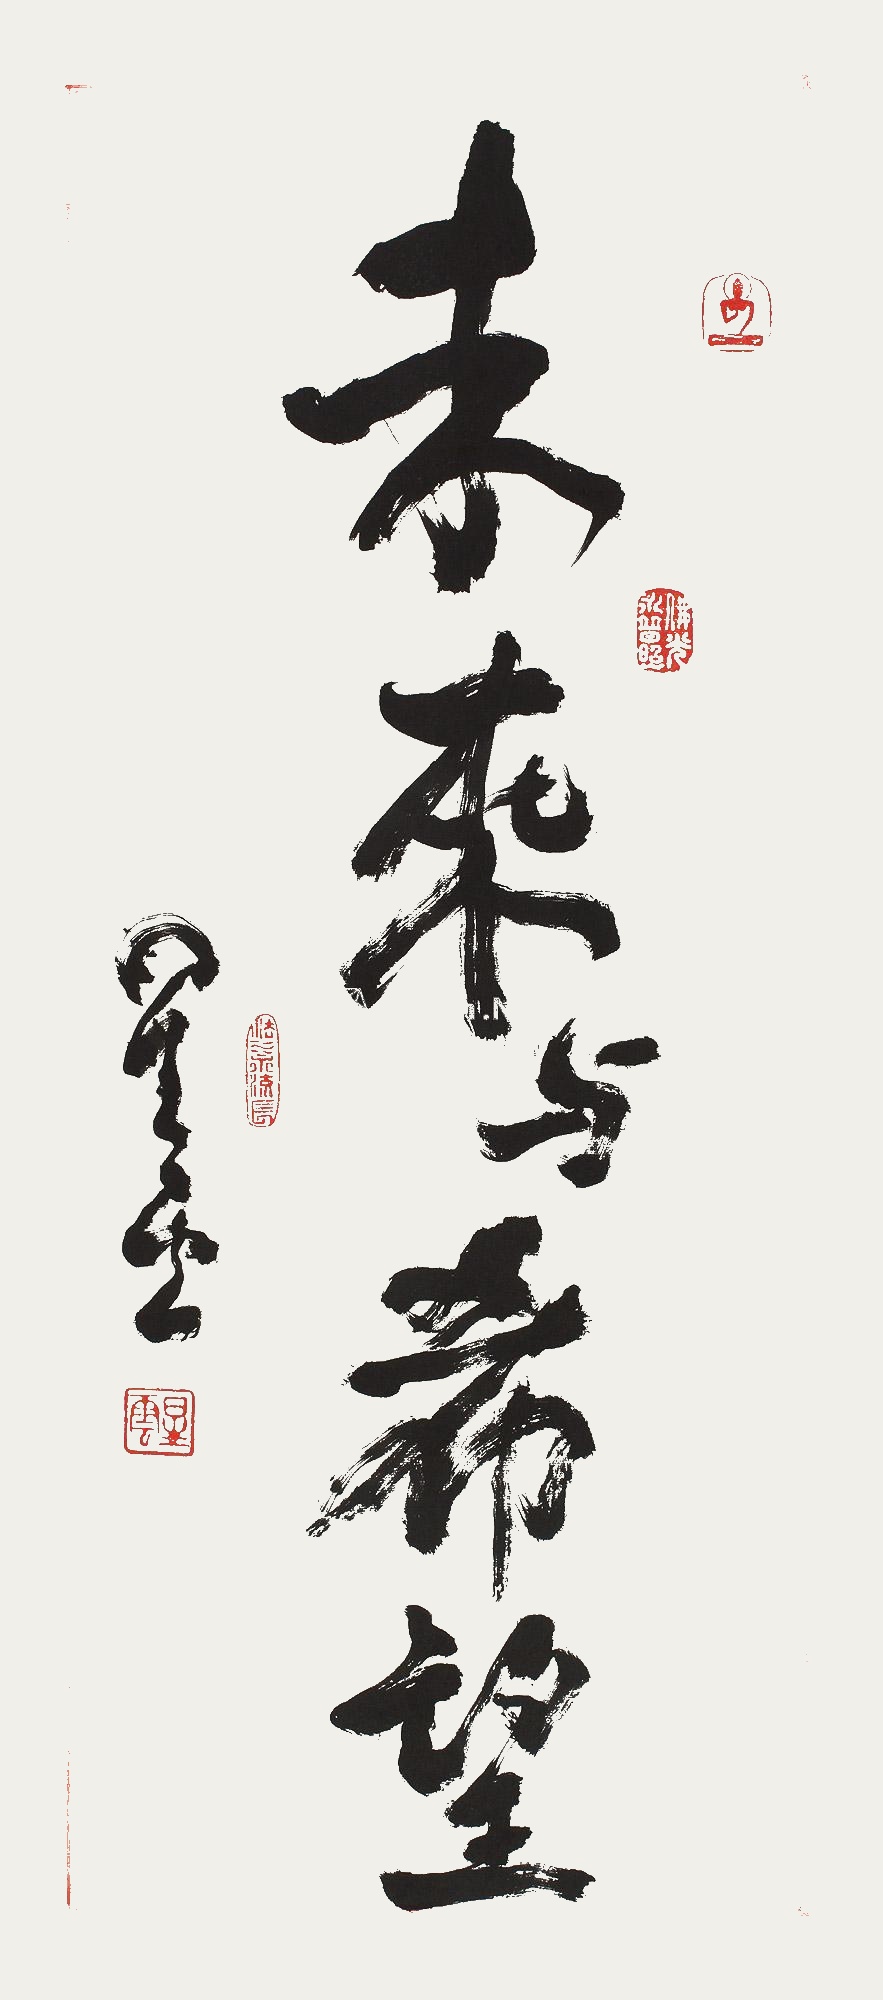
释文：未来与希望星云